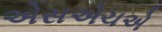
એસએચએ